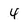
Character: 4